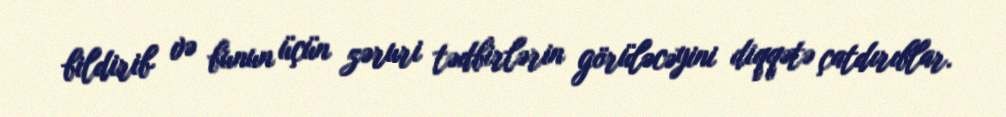
bildirib və bunun üçün zəruri tədbirlərin görüləcəyini diqqətə çatdırıblar.